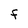
Character: F